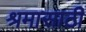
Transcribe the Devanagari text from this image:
श्रमासाठी